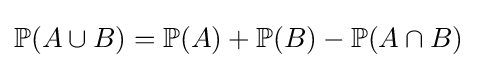
\mathbb {P} (A\cup B)=\mathbb {P} (A)+\mathbb {P} (B)-\mathbb {P} (A\cap B)